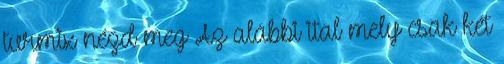
turmix nézd meg Az alábbi ital mely csak két